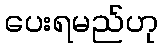
ပေးရမည်ဟု